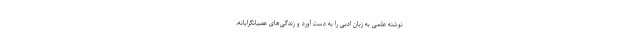
نوشته علمی به زبان ادبی را به دست آورد و زندگی‌های عصیانگرایانه،